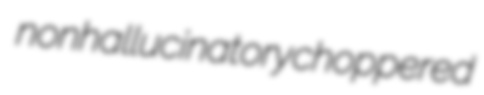
nonhallucinatory choppered